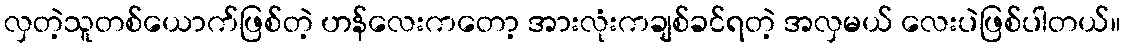
လှတဲ့သူတစ်ယောက်ဖြစ်တဲ့ ဟန်လေးကတော့ အားလုံးကချစ်ခင်ရတဲ့ အလှမယ် လေးပဲဖြစ်ပါတယ်။